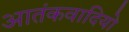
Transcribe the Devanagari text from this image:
आतंकवादियो